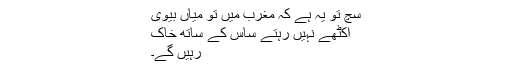
سچ تو یہ ہے کہ مغرب میں تو میاں بیوی
اکٹھے نہیں رہتے ساس کے ساتھ خاک
رہیں گے۔